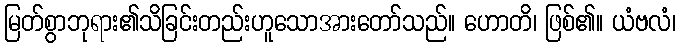
မြတ်စွာဘုရား၏သိခြင်းတည်းဟူသောအားတော်သည်။ ဟောတိ၊ ဖြစ်၏။ ယံဗလံ၊